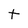
Character: t